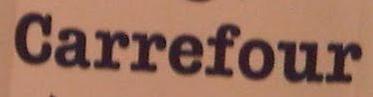
carrefour